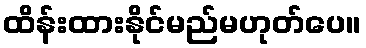
ထိန်းထားနိုင်မည်မဟုတ်ပေ။